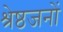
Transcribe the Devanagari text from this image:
श्रेष्ठजनों